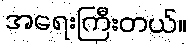
အရေးကြီးတယ်။